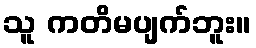
သူ ကတိမပျက်ဘူး။